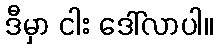
ဒီမှာ ငါး ဒေါ်လာပါ။